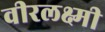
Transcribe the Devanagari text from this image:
वीरलक्ष्मी